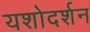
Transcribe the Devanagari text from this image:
यशोदर्शन